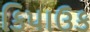
કિપાઉક